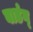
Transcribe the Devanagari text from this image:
बाडंग्